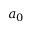
a _ { 0 }